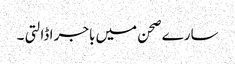
سارے صحن میں باجر ا ڈالتی ۔